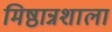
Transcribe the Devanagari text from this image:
मिष्ठान्नशाला